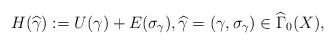
\begin{align*}H(\widehat{\gamma }):=U(\gamma )+E(\sigma _{\gamma }),\widehat{\gamma}=(\gamma ,\sigma _{\gamma })\in \widehat{\Gamma }_{0}(X),\end{align*}